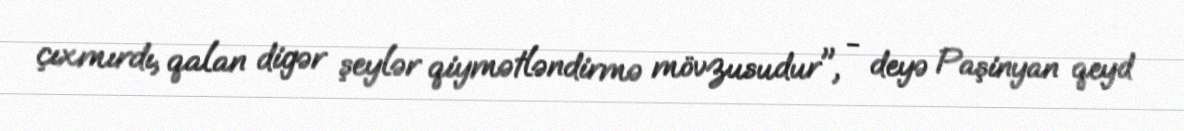
çıxmırdı, qalan digər şeylər qiymətləndirmə mövzusudur", - deyə Paşinyan qeyd